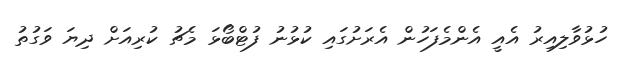
ހުޅުވާލިއިރު އެއީ އެންމެފަހުން އެރަށުގައި ކުޅުނު ފުޓްބޯޅަ މެޗު ކުރިއަށް ދިޔަ ވަގުތު